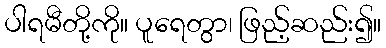
ပါရမီတို့ကို။ ပူရေတွာ၊ ဖြည့်ဆည်း၍။